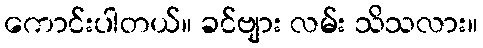
ကောင်းပါတယ်။ ခင်ဗျား လမ်း သိသလား။